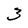
Character: 3